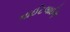
નાઈટલાઈફ